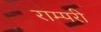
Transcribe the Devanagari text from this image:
राम्परी